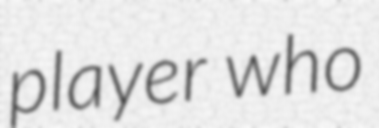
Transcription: player who